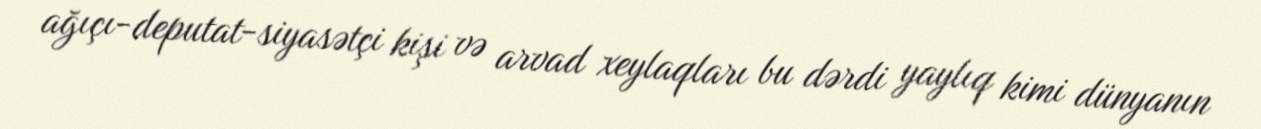
ağıçı-deputat-siyasətçi kişi və arvad xeylaqları bu dərdi yaylıq kimi dünyanın